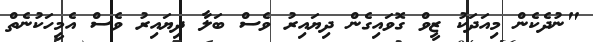
"ނުދެކެން މިއަދަކު ޒީވް ގޮވައިގެން ދިޔައިރު ވެސް ބަލާ ދިޔައިރު ވެސް އެމީހަކުނެތް